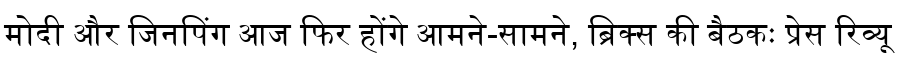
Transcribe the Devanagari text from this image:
मोदी और जिनपिंग आज फिर होंगे आमने-सामने, ब्रिक्स की बैठकः प्रेस रिव्यू